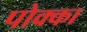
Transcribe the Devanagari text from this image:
पोक्का